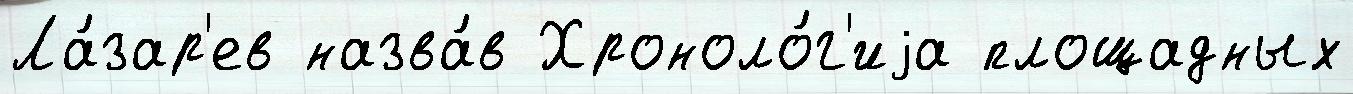
Ла́зар'ев назва́в Хроноло́г'иjа площадных